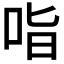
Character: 𭇣